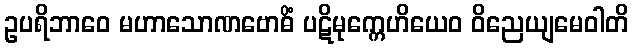
ဥပရိဘာဝေ မဟာသောဏဗောဓိံ ပဋိမုက္ကေဟိယေဝ ဝိညေယျမေဝါတိ